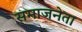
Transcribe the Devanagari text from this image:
समाजनेता